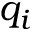
q _ { i }